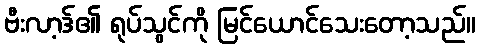
ဗီးလာ့ဒ်၏ ရုပ်သွင်ကို မြင်ယောင်သေးတော့သည်။